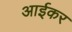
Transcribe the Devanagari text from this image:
आईकर